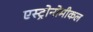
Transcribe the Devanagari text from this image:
एस्ट्रोनोमीकल